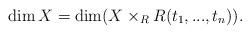
LaTeX: \begin{align*}\dim X = \dim (X \times_R R(t_1, ..., t_n)).\end{align*}